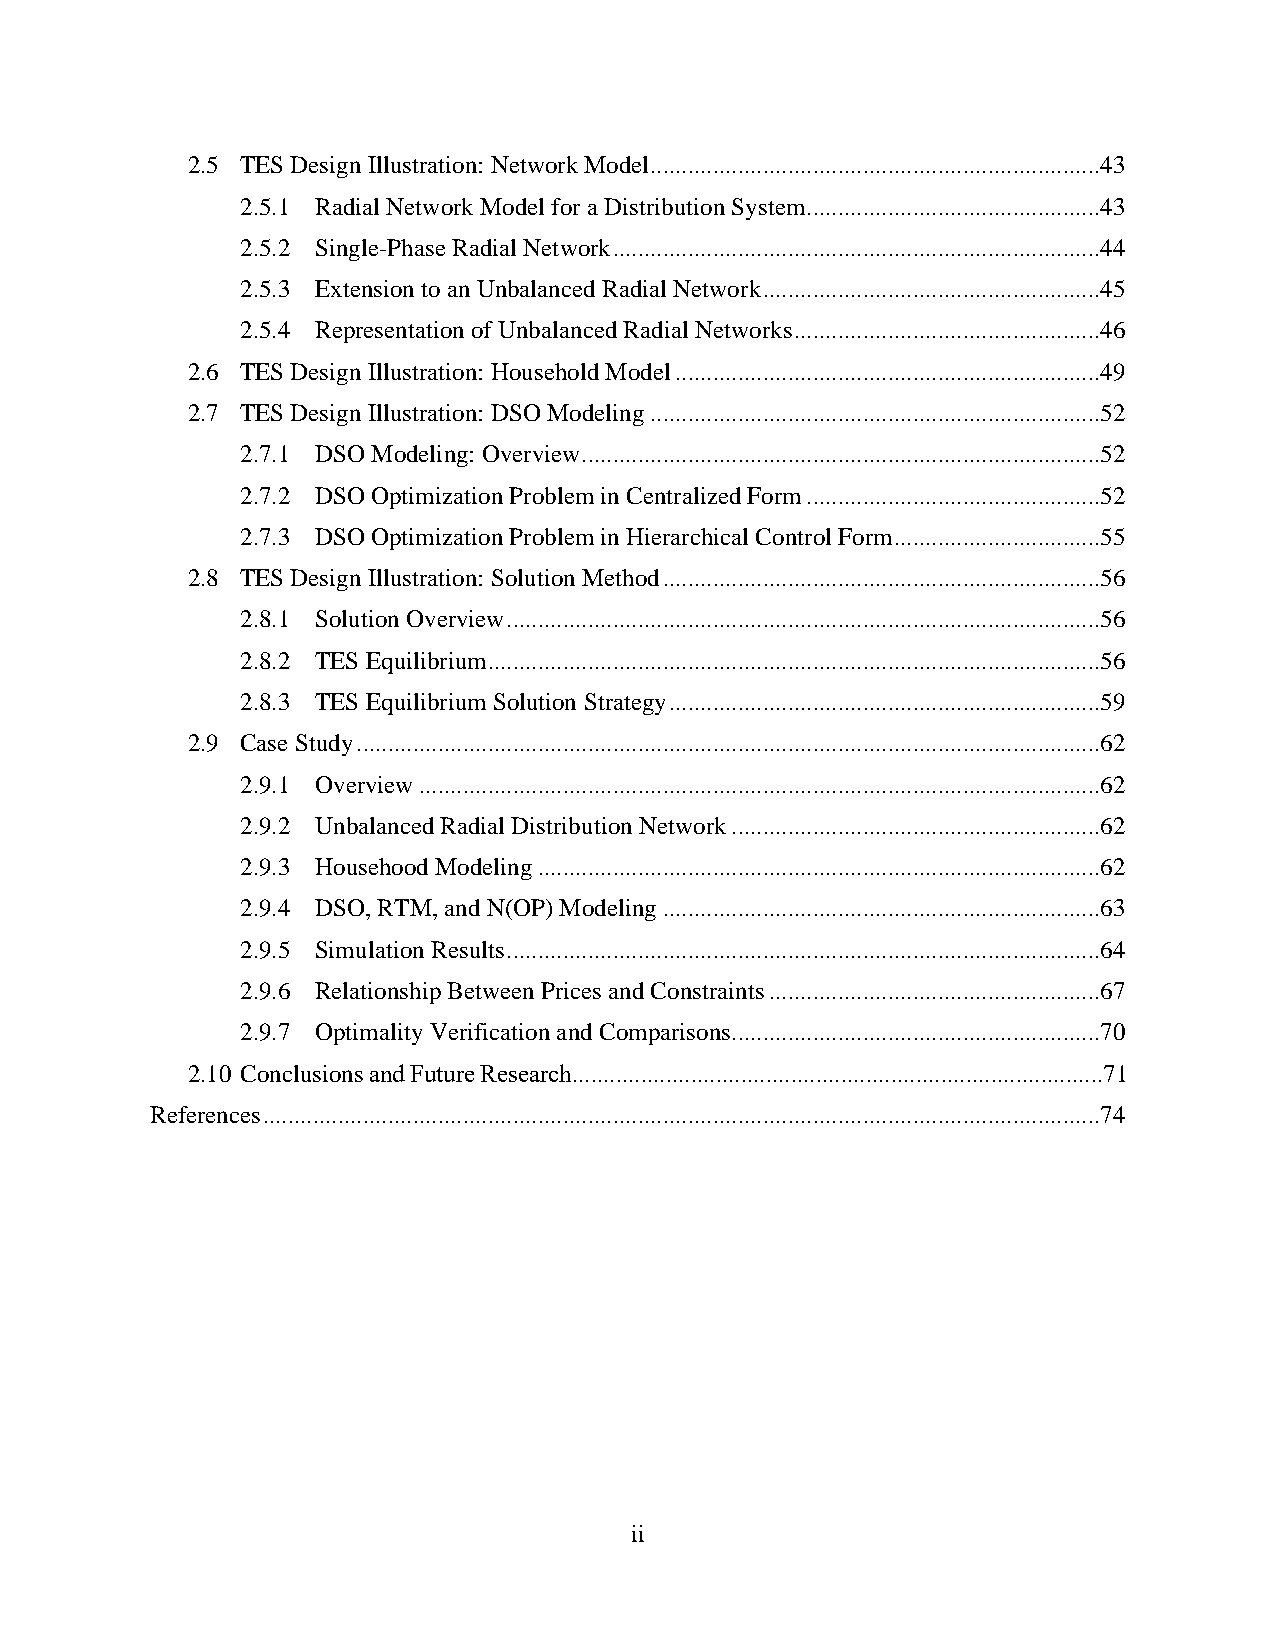
2.5 TES Design Illustration: Network Model ........................................................................43
 2.5.1 Radial Network Model for a Distribution System ...............................................43
 2.5.2 Single-Phase Radial Network ..............................................................................44
 2.5.3 Extension to an Unbalanced Radial Network ......................................................45
 2.5.4 Representation of Unbalanced Radial Networks .................................................46
 2.6 TES Design Illustration: Household Model ....................................................................49
 2.7 TES Design Illustration: DSO Modeling ........................................................................52
 2.7.1 DSO Modeling: Overview ...................................................................................52
 2.7.2 DSO Optimization Problem in Centralized Form ...............................................52
 2.7.3 DSO Optimization Problem in Hierarchical Control Form .................................55
 2.8 TES Design Illustration: Solution Method ......................................................................56
 2.8.1 Solution Overview ...............................................................................................56
 2.8.2 TES Equilibrium ..................................................................................................56
 2.8.3 TES Equilibrium Solution Strategy .....................................................................59
 2.9 Case Study .......................................................................................................................62
 2.9.1 Overview .............................................................................................................62
 2.9.2 Unbalanced Radial Distribution Network ...........................................................62
 2.9.3 Househood Modeling ..........................................................................................62
 2.9.4 DSO, RTM, and N(OP) Modeling ......................................................................63
 2.9.5 Simulation Results ...............................................................................................64
 2.9.6 Relationship Between Prices and Constraints .....................................................67
 2.9.7 Optimality Verification and Comparisons ...........................................................70
 2.10 Conclusions and Future Research.....................................................................................71
 References ......................................................................................................................................74
 ii